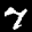
Label: 7